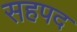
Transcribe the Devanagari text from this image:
सहपद